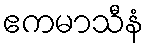
ဧကမာသီနံ